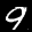
Label: 9